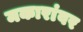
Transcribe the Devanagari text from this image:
मकारांवर